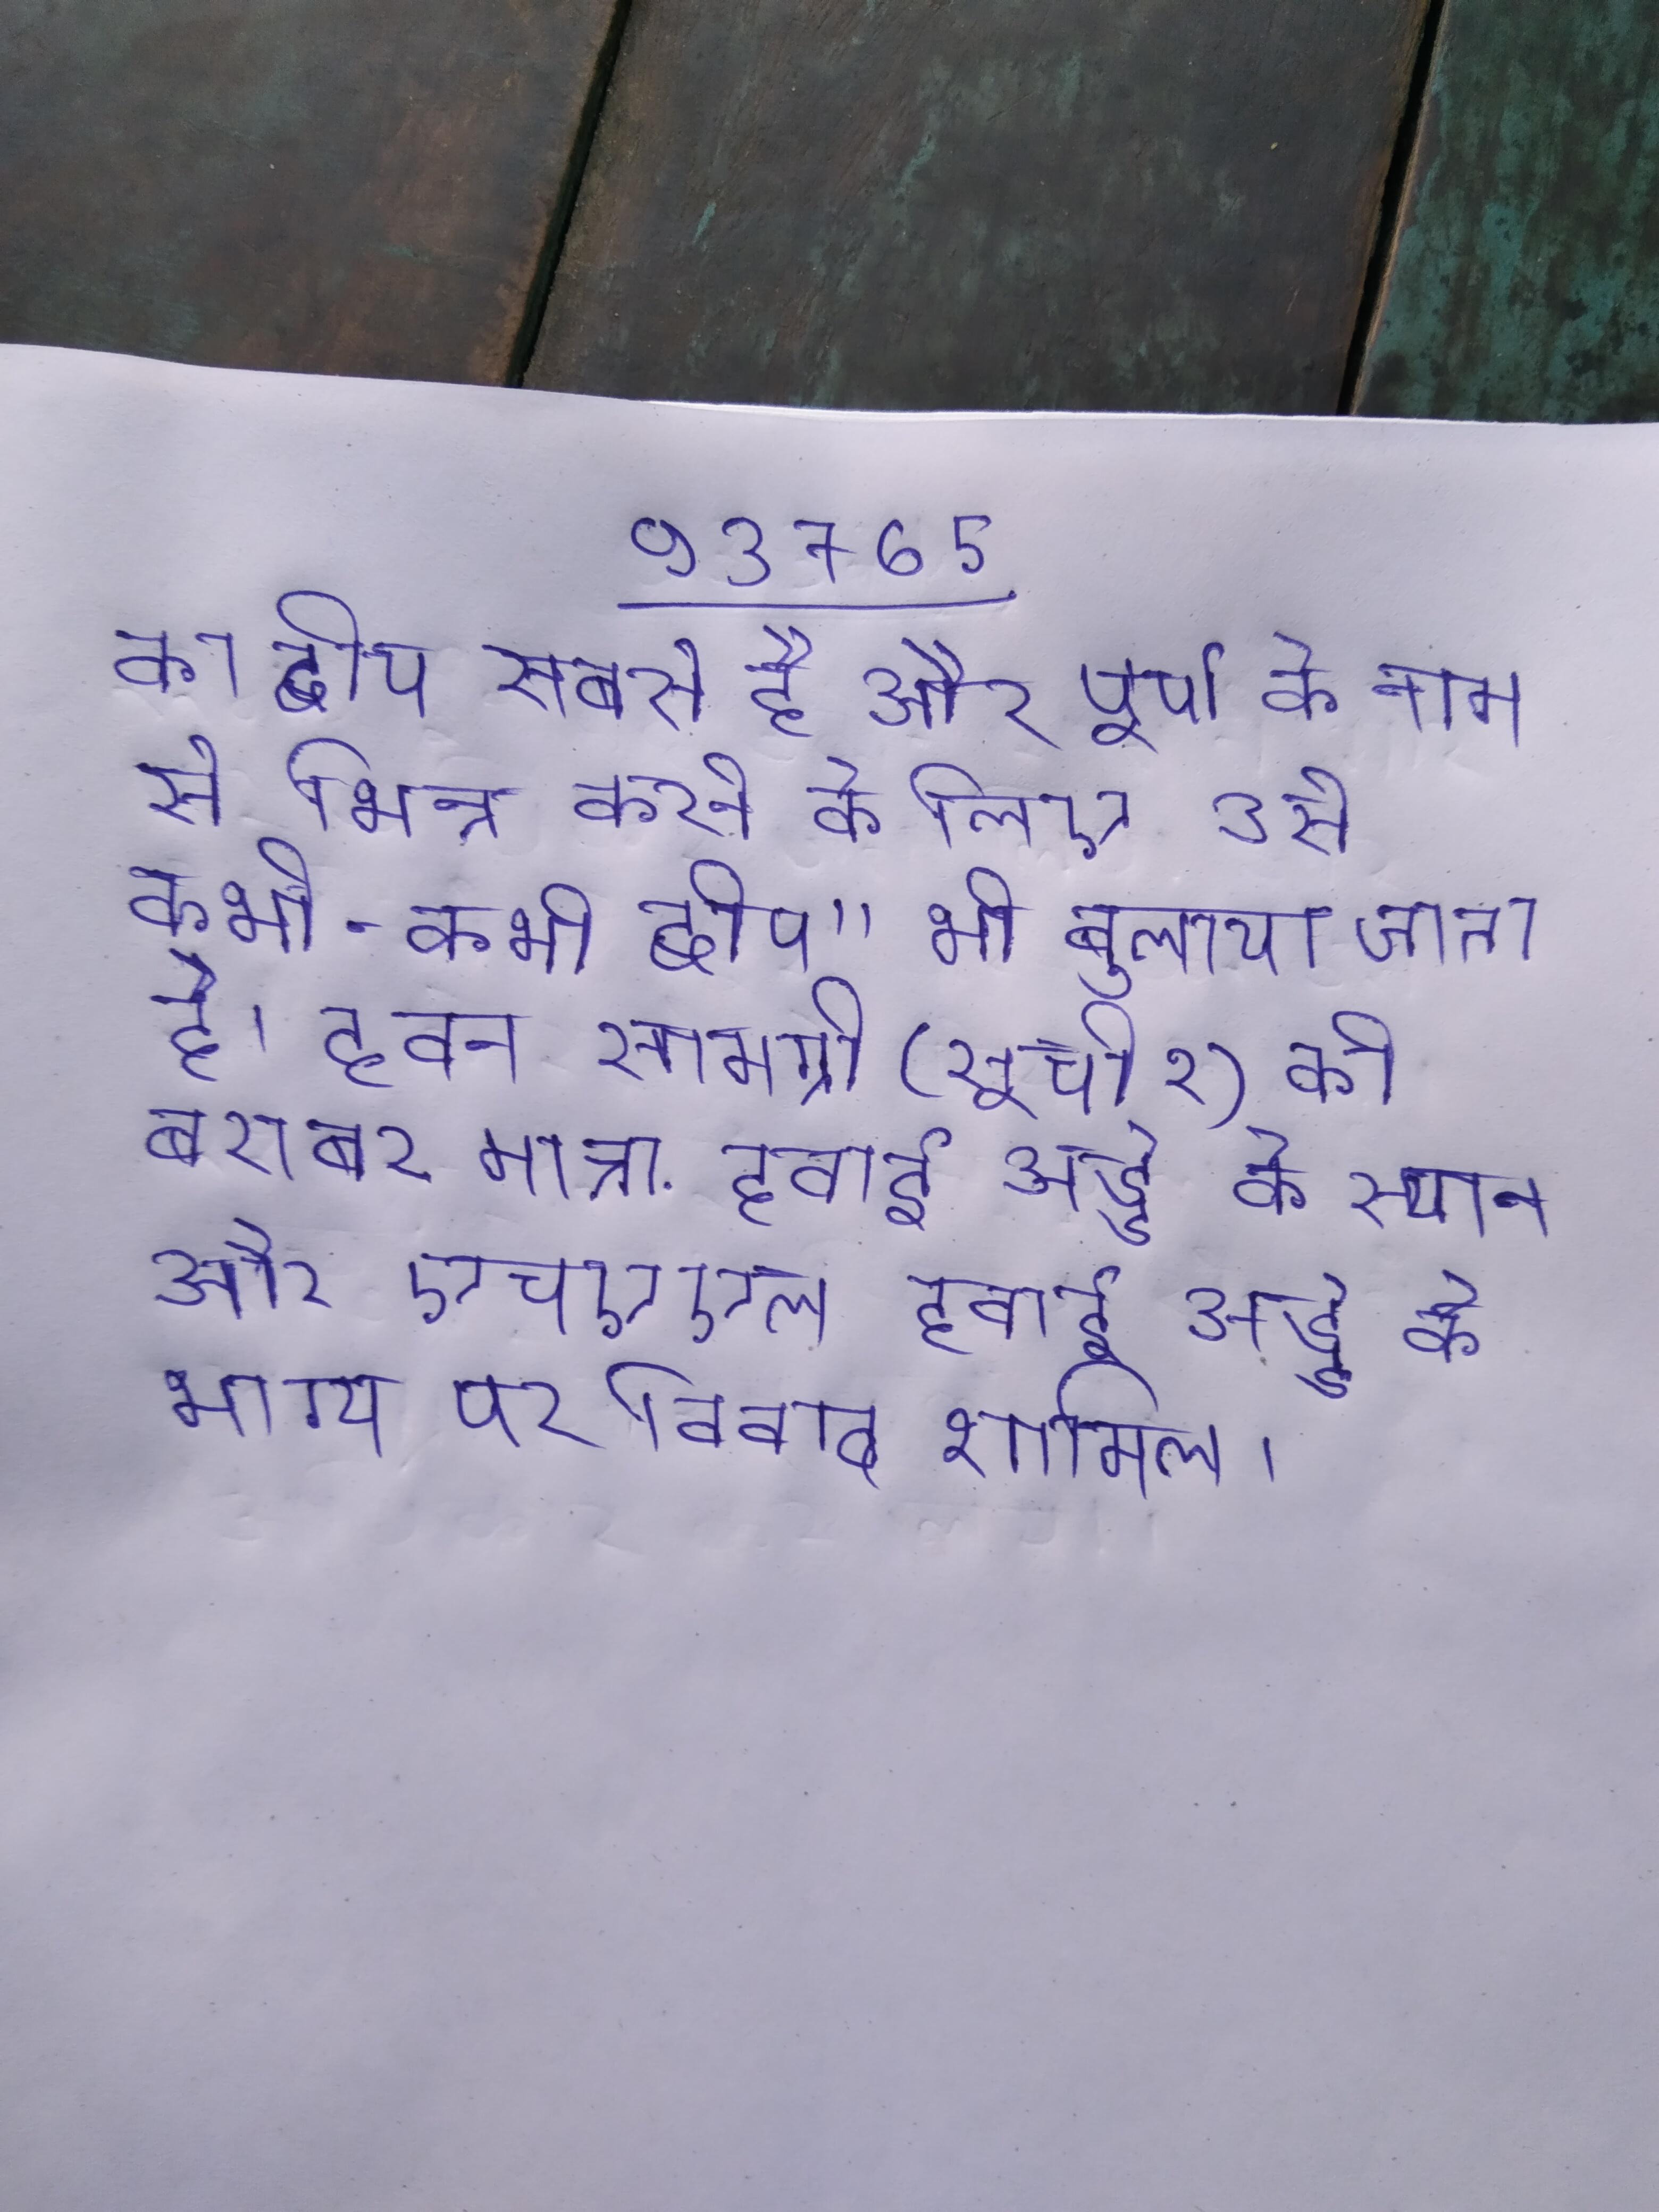
का द्वीप सबसे है और पूर्ण के नाम से भिन्न करने के लिए उसे कभी-कभी द्वीप" भी बुलाया जाता है । हवन सामग्री (सूची २) की बराबर मात्रा . हवाई अड्डे के स्थान और एचएएल हवाई अड्डे के भाग्य पर विवाद शामिल ।